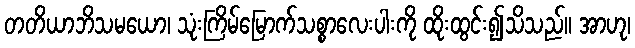
တတိယာဘိသမယော၊ သုံးကြိမ်မြောက်သစ္စာလေးပါးကို ထိုးထွင်း၍သိသည်။ အာဟု၊